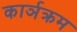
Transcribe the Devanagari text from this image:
कार्ञक्रम